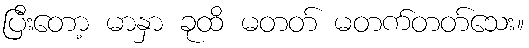
ပြီးတော့ မာနှာ ခုထိ မတတ် မတက်တတ်သေး။